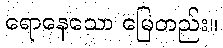
ရောနေသော မြေတည်း။